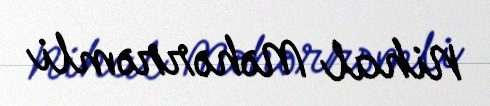
Nihal Məhərrəmli